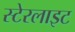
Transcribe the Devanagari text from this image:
स्टेरलाइट